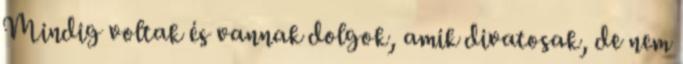
Mindig voltak és vannak dolgok, amik divatosak, de nem